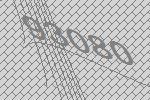
93080